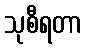
သုစီရတာ